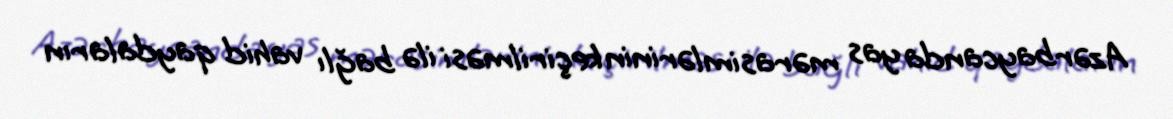
Azərbaycanda yas mərasimlərinin keçirilməsi ilə bağlı vahid qaydaların